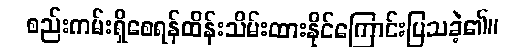
စည်းကမ်းရှိစေရန်ထိန်းသိမ်းထားနိုင်ကြောင်းပြသခဲ့၏။